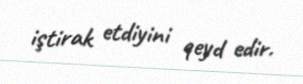
iştirak etdiyini qeyd edir.